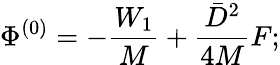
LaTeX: \Phi^{(0)}=-\frac{W_{1}}{M}+\frac{\bar{D}^{2}}{4M}F;